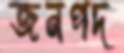
জনপদ